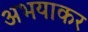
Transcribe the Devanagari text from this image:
अभयाकर